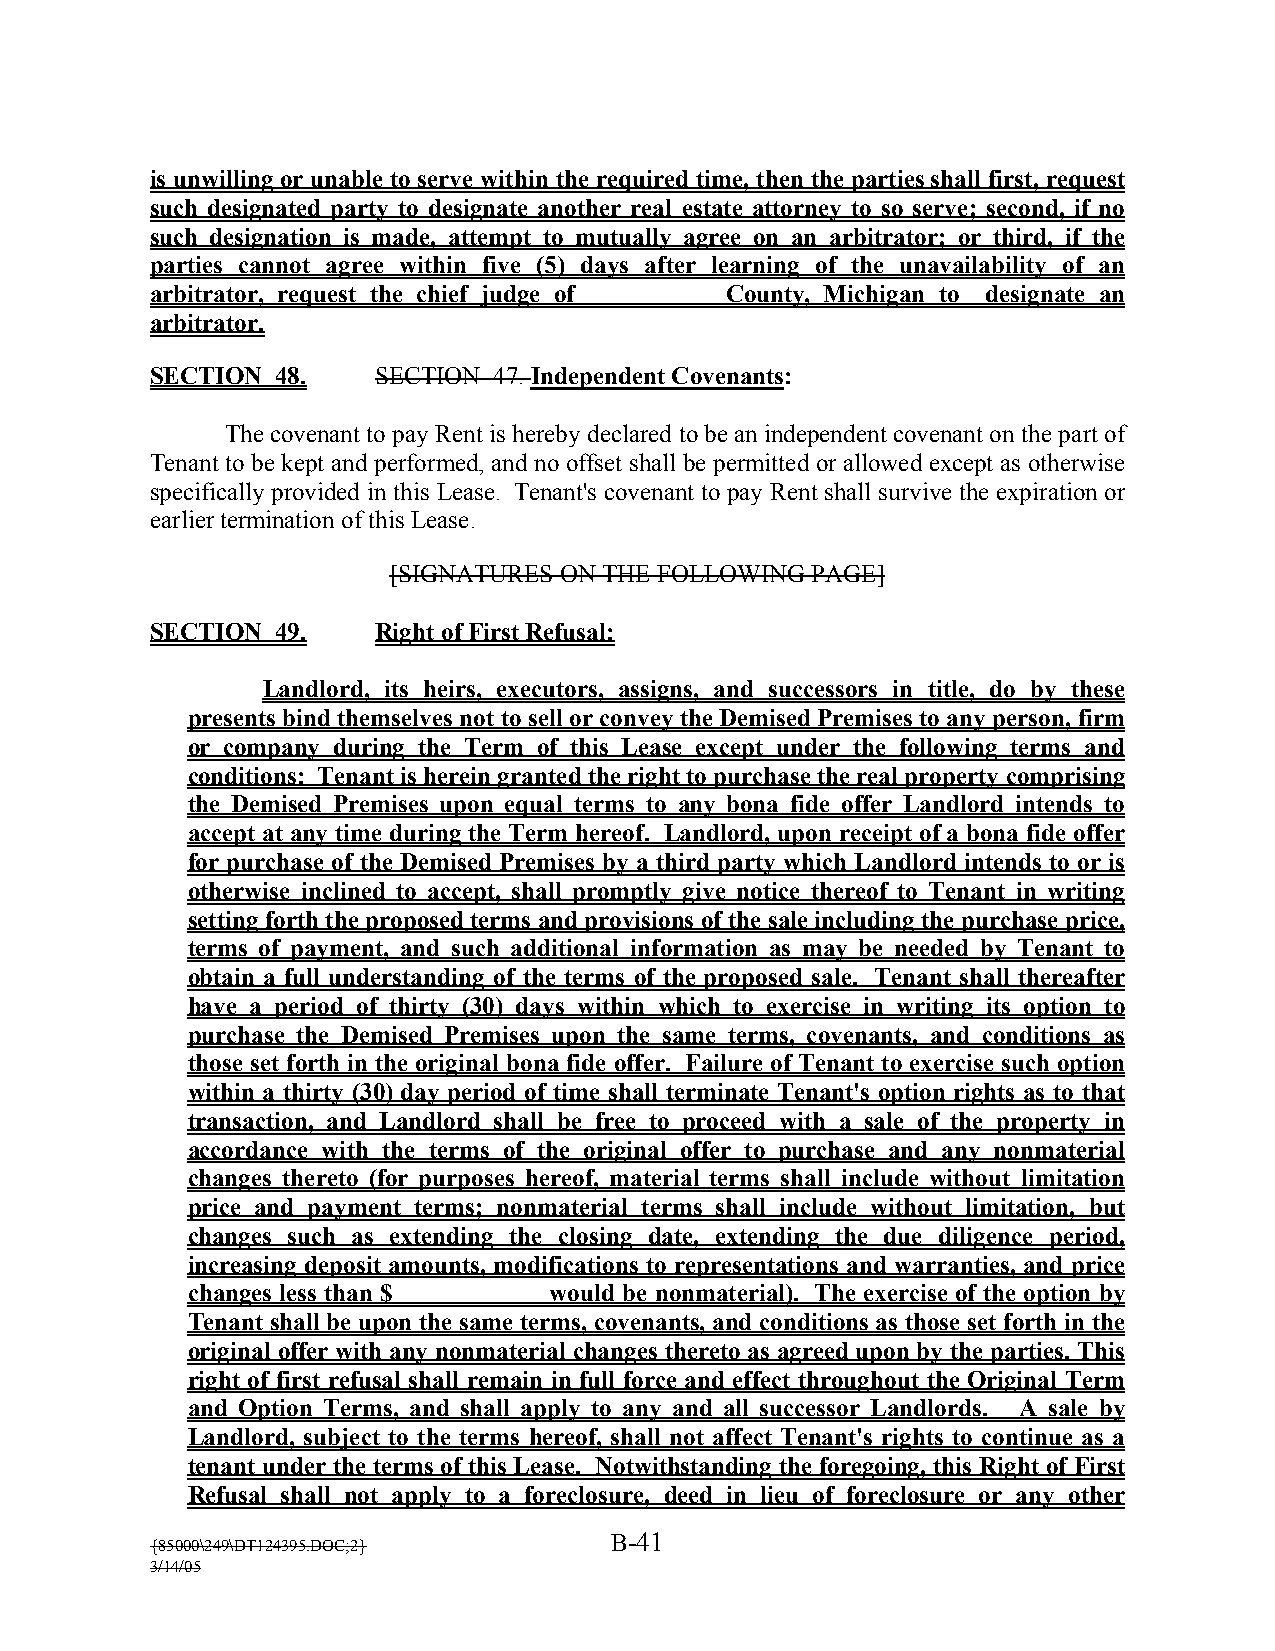
is unwilling or unable to serve within the required time, then the parties shall first, request
 such designated party to designate another real estate attorney to so serve; second, if no
 such designation is made, attempt to mutually agree on an arbitrator; or third, if the
 parties cannot agree within five (5) days after learning of the unavailability of an
 arbitrator, request the chief judge of __________ County, Michigan to designate an
 arbitrator.
 SECTION 48.    SECTION 47. Independent Covenants:
 The covenant to pay Rent is hereby declared to be an independent covenant on the part of
 Tenant to be kept and performed, and no offset shall be permitted or allowed except as otherwise
 specifically provided in this Lease. Tenant’s covenant to pay Rent shall survive the expiration or
 earlier termination of this Lease.
 [SIGNATURES ON THE FOLLOWING PAGE]
 SECTION 49.    Right of First Refusal:
 Landlord, its heirs, executors, assigns, and successors in title, do by these
 presents bind themselves not to sell or convey the Demised Premises to any person, firm
 or company during the Term of this Lease except under the following terms and
 conditions: Tenant is herein granted the right to purchase the real property comprising
 the Demised Premises upon equal terms to any bona fide offer Landlord intends to
 accept at any time during the Term hereof. Landlord, upon receipt of a bona fide offer
 for purchase of the Demised Premises by a third party which Landlord intends to or is
 otherwise inclined to accept, shall promptly give notice thereof to Tenant in writing
 setting forth the proposed terms and provisions of the sale including the purchase price,
 terms of payment, and such additional information as may be needed by Tenant to
 obtain a full understanding of the terms of the proposed sale. Tenant shall thereafter
 have a period of thirty (30) days within which to exercise in writing its option to
 purchase the Demised Premises upon the same terms, covenants, and conditions as
 those set forth in the original bona fide offer. Failure of Tenant to exercise such option
 within a thirty (30) day period of time shall terminate Tenant’s option rights as to that
 transaction, and Landlord shall be free to proceed with a sale of the property in
 accordance with the terms of the original offer to purchase and any nonmaterial
 changes thereto (for purposes hereof, material terms shall include without limitation
 price and payment terms; nonmaterial terms shall include without limitation, but
 changes such as extending the closing date, extending the due diligence period,
 increasing deposit amounts, modifications to representations and warranties, and price
 changes less than $____________ would be nonmaterial). The exercise of the option by
 Tenant shall be upon the same terms, covenants, and conditions as those set forth in the
 original offer with any nonmaterial changes thereto as agreed upon by the parties. This
 right of first refusal shall remain in full force and effect throughout the Original Term
 and Option Terms, and shall apply to any and all successor Landlords. A sale by
 Landlord, subject to the terms hereof, shall not affect Tenant’s rights to continue as a
 tenant under the terms of this Lease. Notwithstanding the foregoing, this Right of First
 Refusal shall not apply to a foreclosure, deed in lieu of foreclosure or any other
 B-41
 {85000\249\DT124395.DOC;2}
 3/14/05